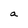
Character: a